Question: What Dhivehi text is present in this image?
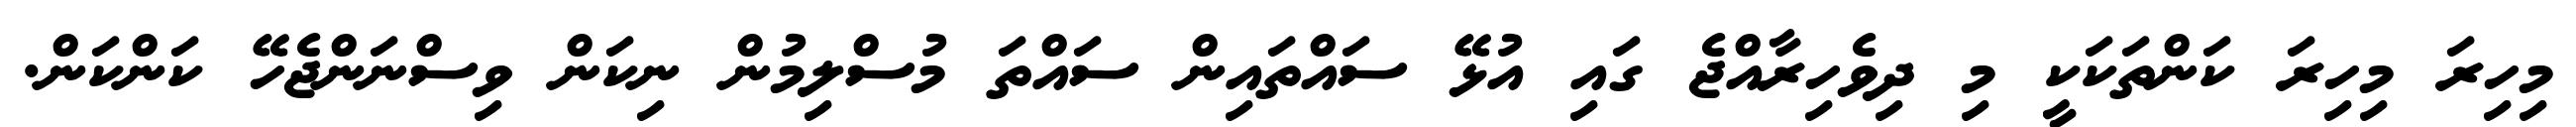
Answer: މިހިރަ މިހިރަ ކަންތަކަކީ މި ދިވެހިރާއްޖެ ގައި އުޅޭ ސައްތައިން ސައްތަ މުސްލިމުން ނިކަން ވިސްނަންޖެހޭ ކަންކަން.